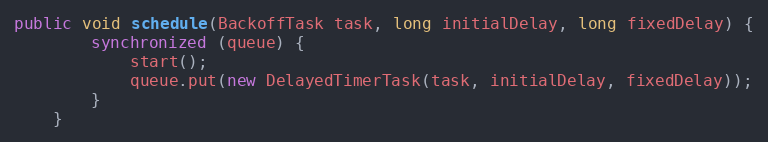
Language: Java
public void schedule(BackoffTask task, long initialDelay, long fixedDelay) {
    	synchronized (queue) {
	    	start();
	        queue.put(new DelayedTimerTask(task, initialDelay, fixedDelay));
    	}
    }